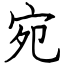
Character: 宛